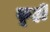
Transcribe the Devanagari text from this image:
कूही